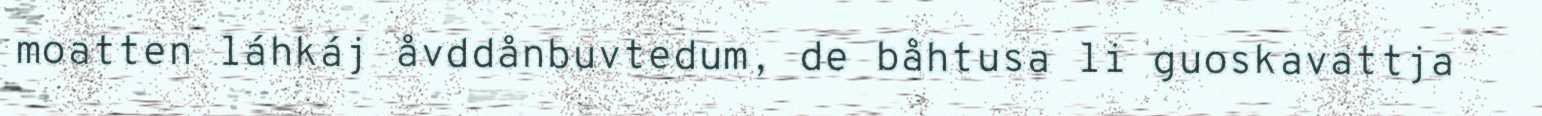
moatten láhkáj åvddånbuvtedum, de båhtusa li guoskavattja